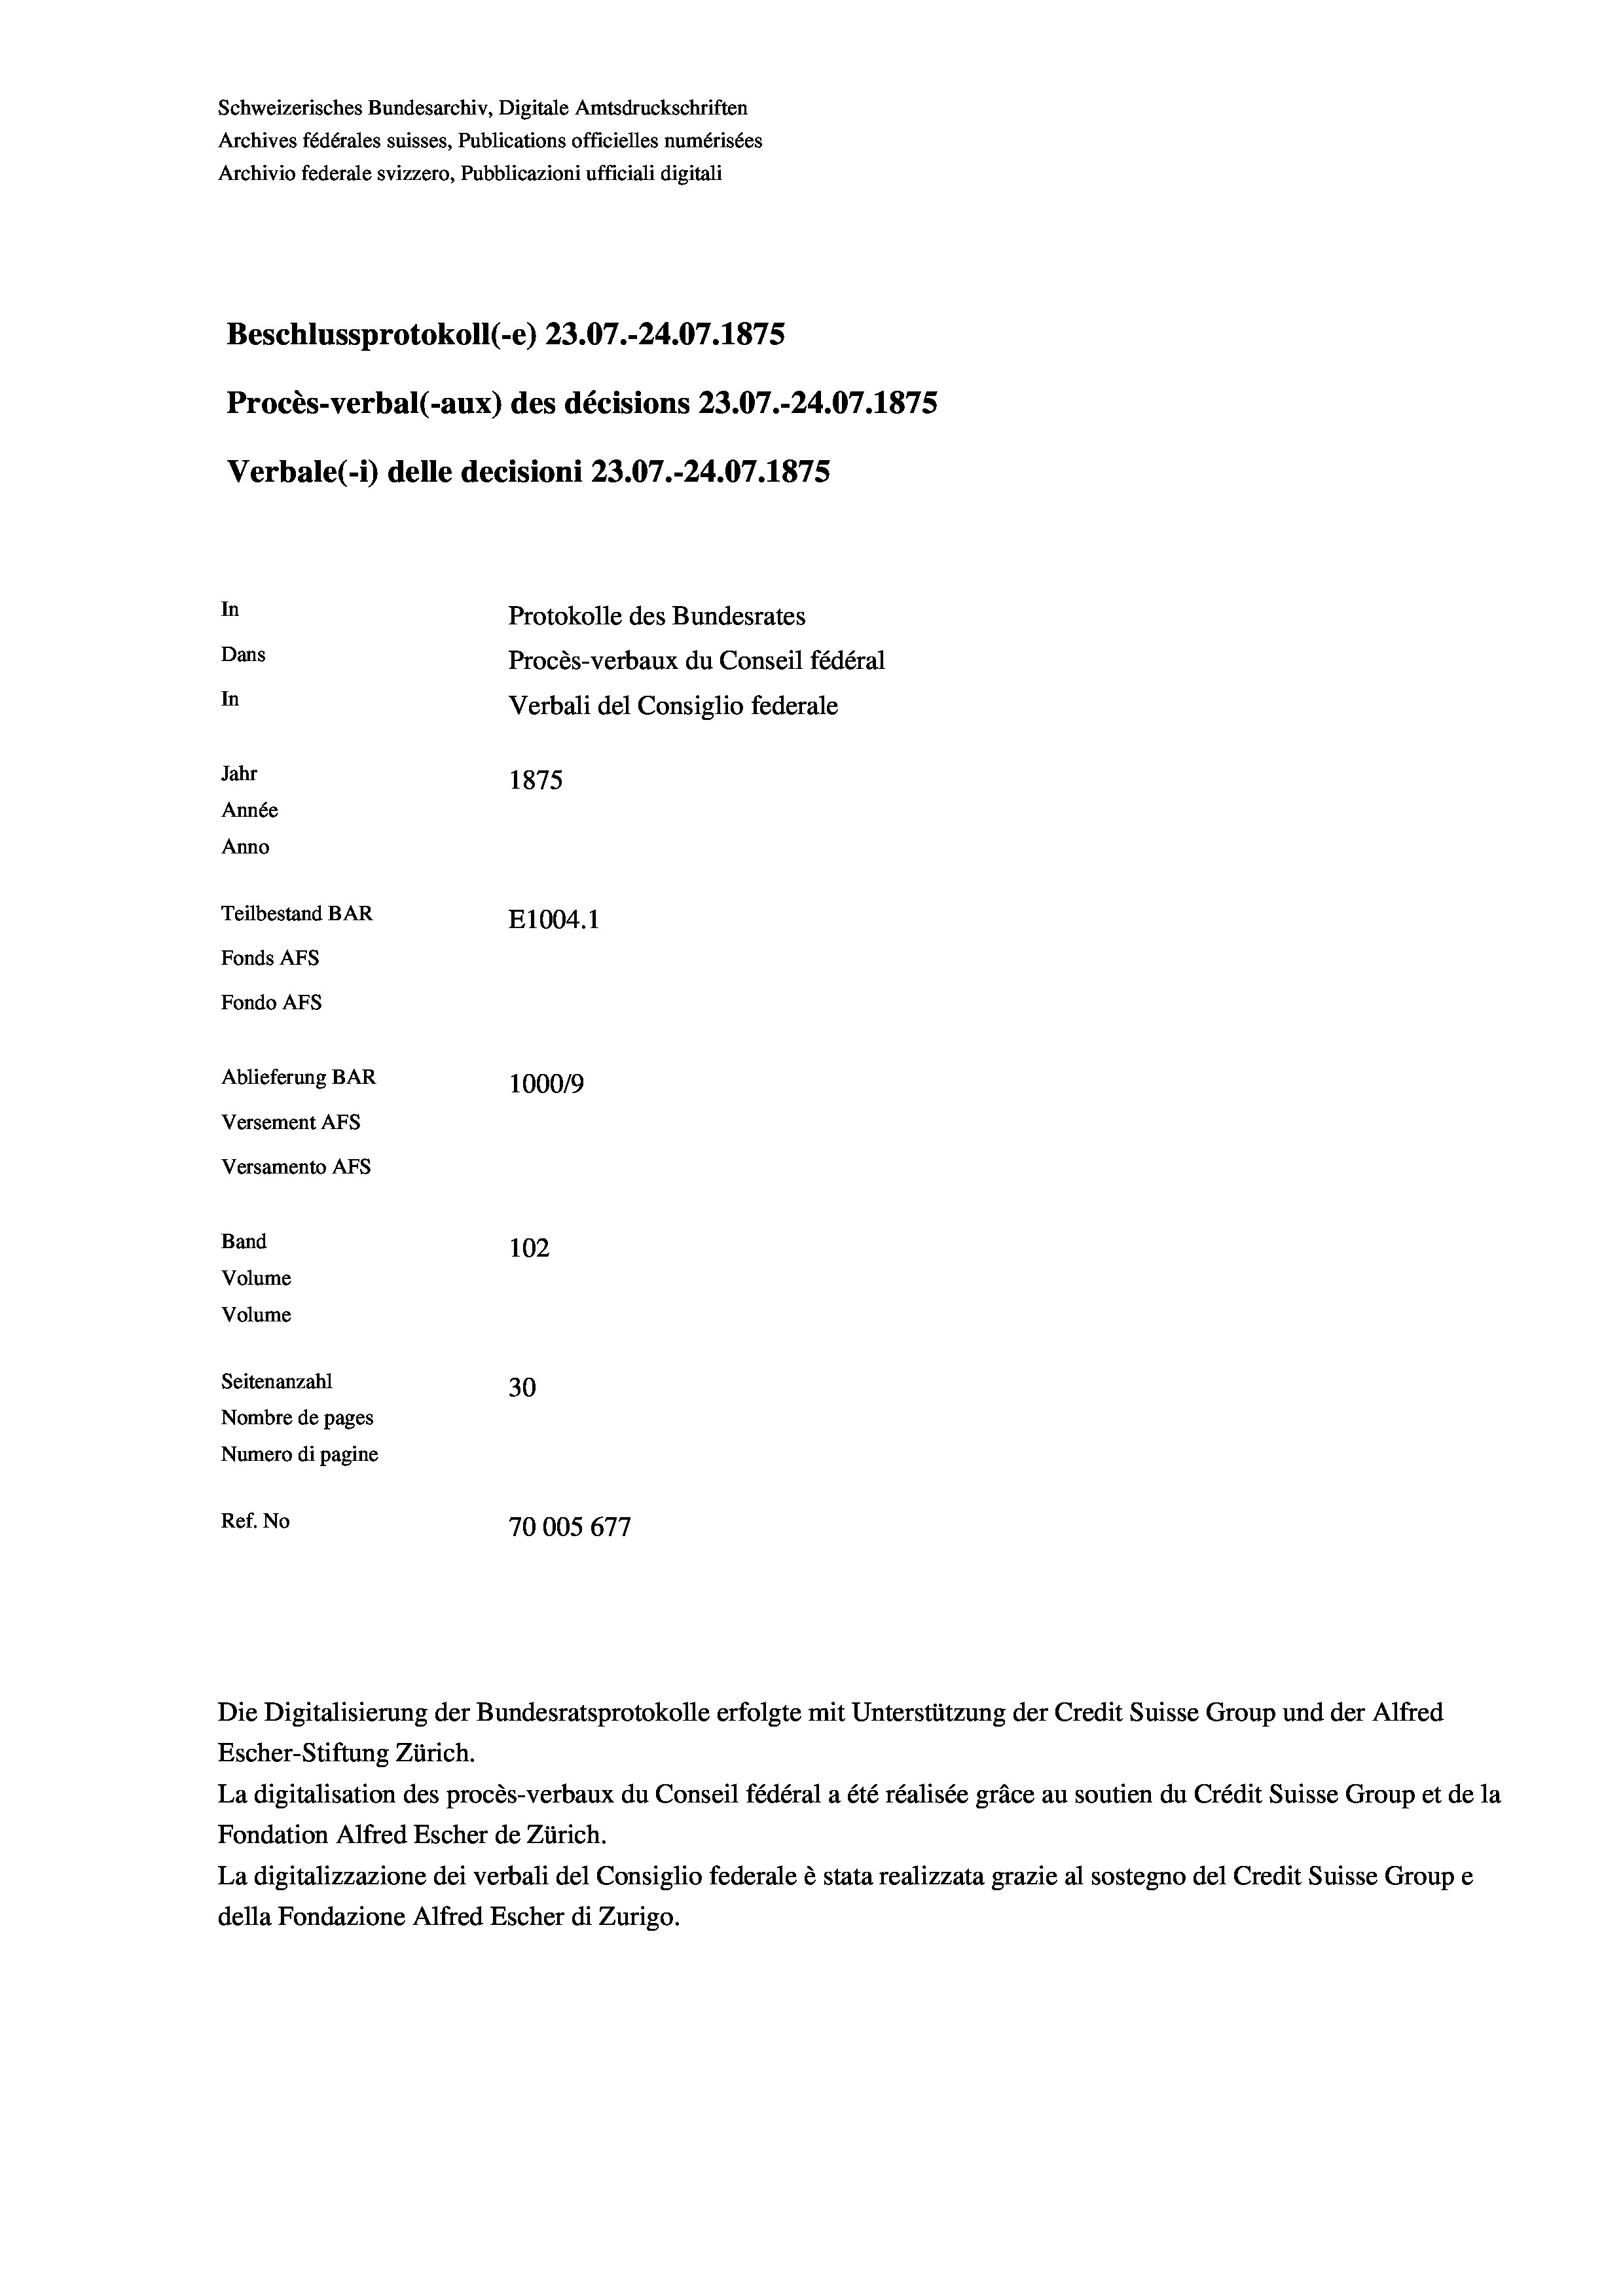
Schweizerisches Bundesarchiv, Digitale Amtsdruckschriften
Archives fédérales suisses, Publications officielles numérisées
Archivio federale svizzero, Pubblicazioni ufficiali digitali
Beschlussprotokoll (-e) 23.07.-24.07. 1875
Procès-verbal (-aux) des décisions 23.07.-24.07.1875
Verbale(*) delle decisioni 23.07.-24.07. 1875
In
Protokolle des Bundesrates
Dans
Procès-verbaux du Conseil fédéral
In
Verbali del Consiglio federale
Jahr
1875
Année
Anno
Teilbestand BAR
E1004.1
Fonds AFs
Fondo AFS
Ablieferung BAR
100019
Versement AFs
Versamento AFs
Band
102
Volume
Volume

Seitenanzahl
30
Nombre de pages
Numero di pagine
Ref. No
70005677

Die Digitalisierung der Bundesratsprotokolle erfolgte mit Unterstützung der Credit Suisse Group und der Alfred
Escher-Stiftung Zürich.
La digitalisation des procès-verbaux du Conseil fédéral a été réalisée gräce au soutien du Crédit Suisse Group et de la
Fondation Alfred Escher de Zürich.
La digitalizzazione dei verbali del Consiglio federale è stata realizzata grazie al sostegno del Credit Suisse Groupe
della Fondazione Alfred Escher di Zurigo.